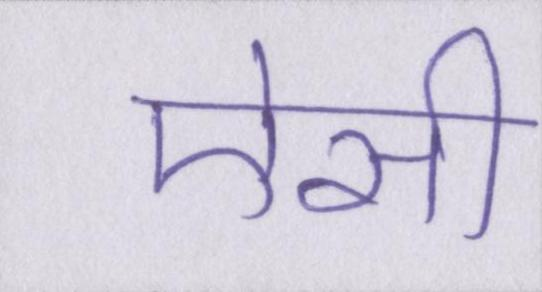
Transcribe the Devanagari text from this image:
ऐसी